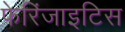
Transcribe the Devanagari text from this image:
फेरिंजाइटिस